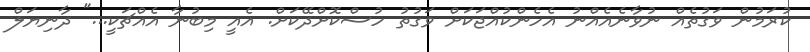
ކުރަމުން ވަގުތެއް ނުވާނެއެއްނު އެހެންކުއްޖަކަށް ވަގުތު ހުސްކޮށްދޭކަށް. އެއީ މިބުނާ އެއްޗަކީ..." ދާނިޔަލް